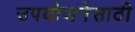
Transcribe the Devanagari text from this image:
उपयोजनेसाठी